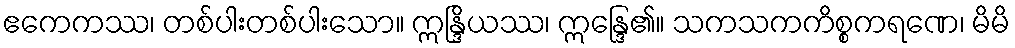
ဧကေကဿ၊ တစ်ပါးတစ်ပါးသော။ ဣန္ဒြိယဿ၊ ဣန္ဒြေ၏။ သကသကကိစ္စကရဏေ၊ မိမိ